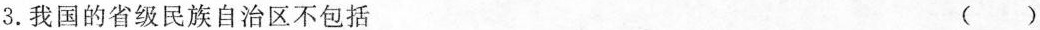
3. 我国的省级民族自治区不包括 ( )